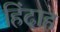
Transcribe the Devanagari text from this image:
हिंदाह